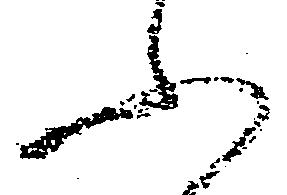
ふ